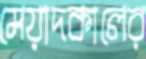
মেয়াদকালের